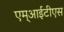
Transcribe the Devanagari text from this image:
एम्आईटीएस